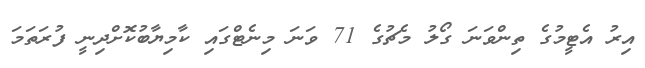
އިރު އެޓީމުގެ ތިންވަނަ ގޯލު މެޗުގެ 71 ވަނަ މިނެޓްގައި ކާމިޔާބުކޮށްދިނީ ފުރަތަމަ